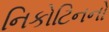
નિકોટિનનો